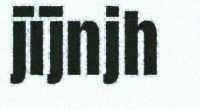
jïjnjh